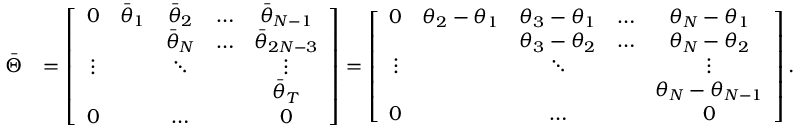
\begin{array} { r l } { \bar { \boldsymbol { \Theta } } } & { = \left[ \begin{array} { c c c c c } { 0 } & { \bar { \theta } _ { 1 } } & { \bar { \theta } _ { 2 } } & { \ldots } & { \bar { \theta } _ { N - 1 } } \\ & & { \bar { \theta } _ { N } } & { \ldots } & { \bar { \theta } _ { 2 N - 3 } } \\ { \vdots } & & { \ddots } & & { \vdots } \\ & & & & { \bar { \theta } _ { T } } \\ { 0 } & & { \ldots } & & { 0 } \end{array} \right] = \left[ \begin{array} { c c c c c } { 0 } & { \theta _ { 2 } - \theta _ { 1 } } & { \theta _ { 3 } - \theta _ { 1 } } & { \ldots } & { \theta _ { N } - \theta _ { 1 } } \\ & & { \theta _ { 3 } - \theta _ { 2 } } & { \ldots } & { \theta _ { N } - \theta _ { 2 } } \\ { \vdots } & & { \ddots } & & { \vdots } \\ & & & & { \theta _ { N } - \theta _ { N - 1 } } \\ { 0 } & & { \ldots } & & { 0 } \end{array} \right] . } \end{array}